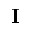
{ \bf I }